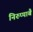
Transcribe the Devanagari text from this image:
निरुप्पाबै